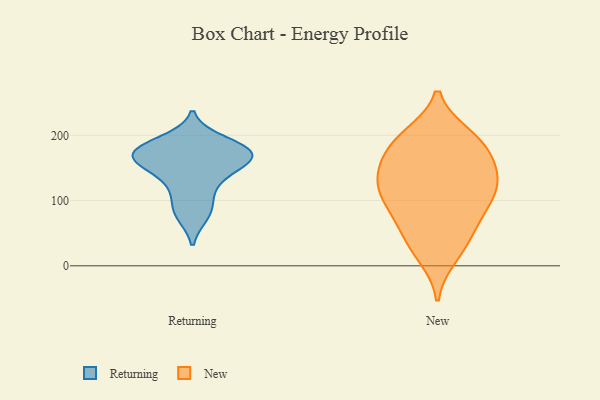
{"axis": {"x": "Shipments", "y": "Value"}, "legend": ["New", "Returning"], "data": [{"x": "", "y": 117, "type": "Returning"}, {"x": "", "y": 174, "type": "Returning"}, {"x": "", "y": 161, "type": "Returning"}, {"x": "", "y": 136, "type": "Returning"}, {"x": "", "y": 152, "type": "Returning"}, {"x": "", "y": 171, "type": "Returning"}, {"x": "", "y": 191, "type": "Returning"}, {"x": "", "y": 78, "type": "Returning"}, {"x": "", "y": 177, "type": "Returning"}, {"x": "", "y": 171, "type": "Returning"}, {"x": "", "y": 87, "type": "Returning"}, {"x": "", "y": 175, "type": "Returning"}, {"x": "", "y": 145, "type": "New"}, {"x": "", "y": 177, "type": "New"}, {"x": "", "y": 23, "type": "New"}, {"x": "", "y": 197, "type": "New"}, {"x": "", "y": 107, "type": "New"}, {"x": "", "y": 50, "type": "New"}, {"x": "", "y": 104, "type": "New"}, {"x": "", "y": 149, "type": "New"}, {"x": "", "y": 14, "type": "New"}, {"x": "", "y": 197, "type": "New"}, {"x": "", "y": 97, "type": "New"}, {"x": "", "y": 120, "type": "New"}, {"x": "", "y": 182, "type": "New"}, {"x": "", "y": 54, "type": "New"}, {"x": "", "y": 95, "type": "New"}, {"x": "", "y": 157, "type": "New"}, {"x": "", "y": 200, "type": "New"}, {"x": "", "y": 137, "type": "New"}, {"x": "", "y": 128, "type": "New"}, {"x": "", "y": 65, "type": "New"}]}